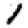
Digit: 1